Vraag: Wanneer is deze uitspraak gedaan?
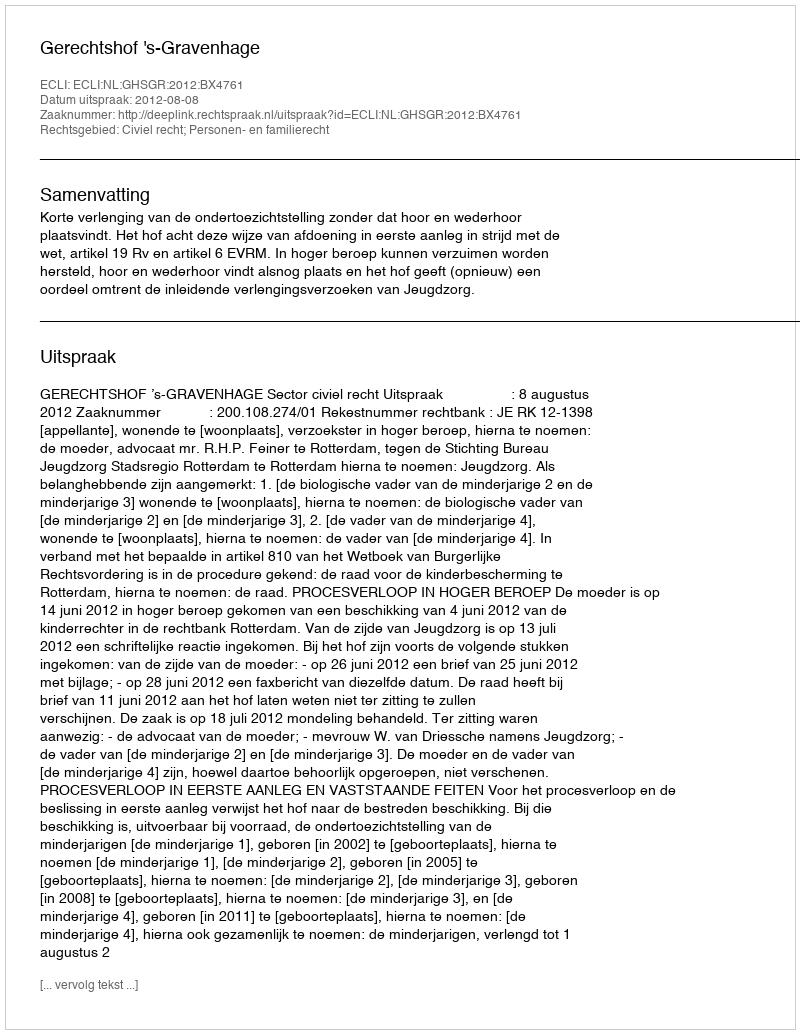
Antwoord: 2012-08-08